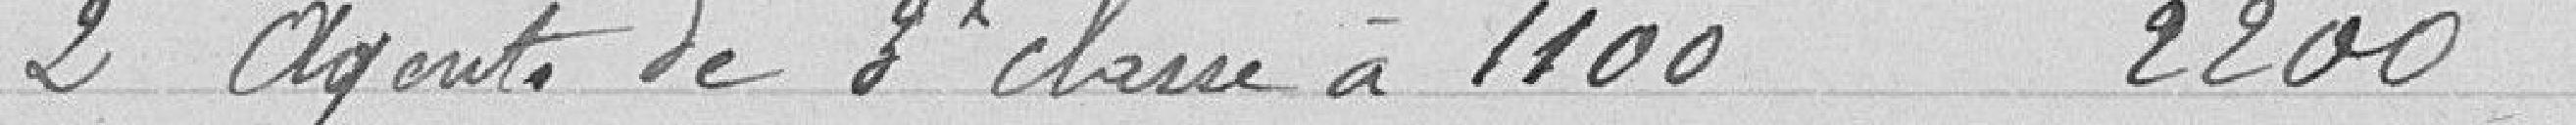
2 agents de 3ème classe à 1100 2200